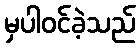
မှပါဝင်ခဲ့သည်